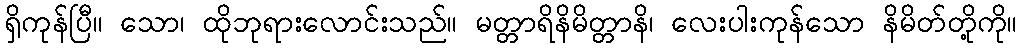
ရှိကုန်ပြီ။ သော၊ ထိုဘုရားလောင်းသည်။ မတ္တာရိနိမိတ္တာနိ၊ လေးပါးကုန်သော နိမိတ်တို့ကို။